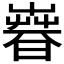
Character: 𣊨